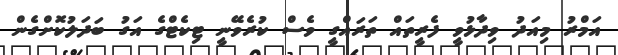
އަމްރު މިއަދު ވިދާޅުވީ ފެރީތައް ތަރައްގީ ވެސް ކުރެވޭނީ ޓިކެޓްގެ އަގު ބަދަލުކޮށްގެން